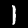
Label: 1